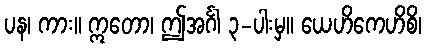
ပန၊ ကား။ ဣတော၊ ဤအင်္ဂါ ၃-ပါးမှ။ ယေဟိကေဟိစိ၊